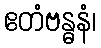
ဧတံဗန္ဓနံ၊